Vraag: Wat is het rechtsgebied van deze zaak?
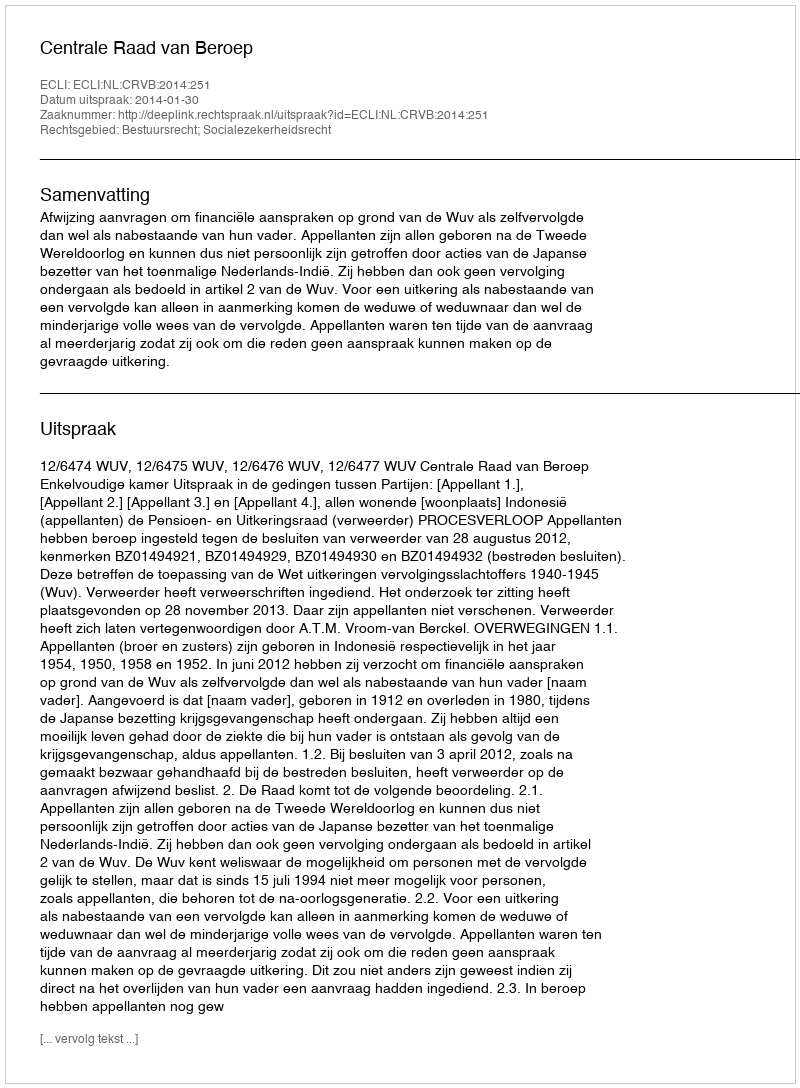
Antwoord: Bestuursrecht; Socialezekerheidsrecht